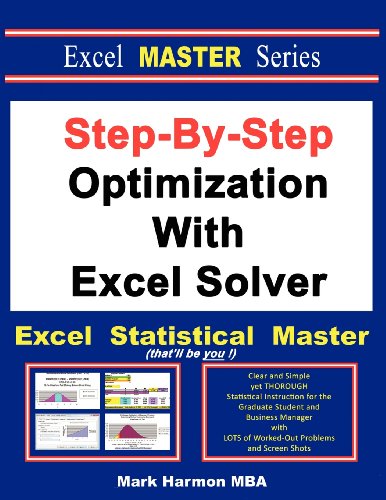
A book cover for Step-By-Step Optimization With Excel Solver - The Excel Statistical Master; Mark Harmon; Computers & Technology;